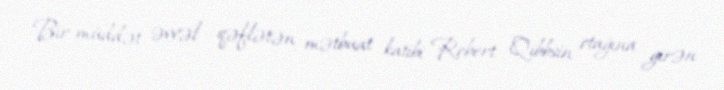
Bir müddət əvvəl qəflətən mətbuat katibi Robert Qibbsin otağına girən